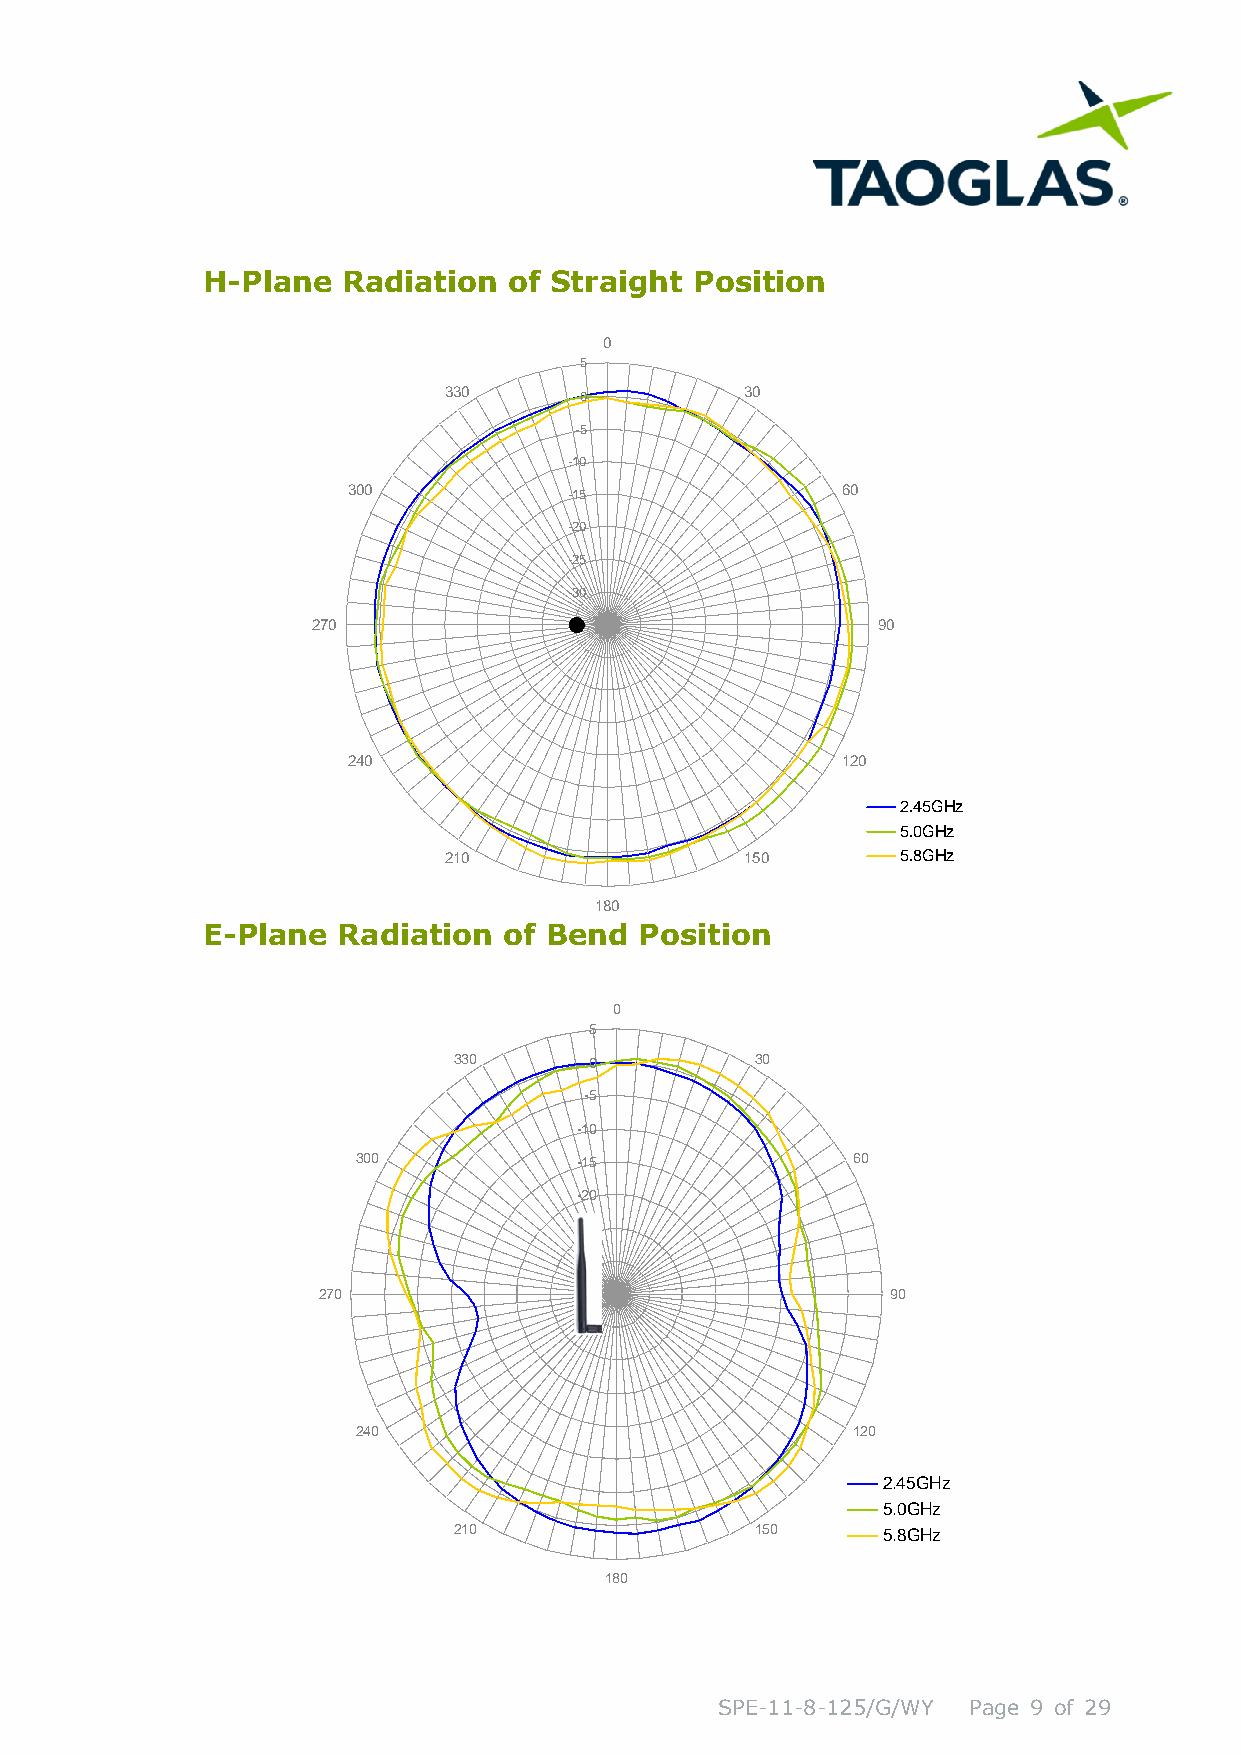
H-Plane   Radiation  of Straight Position
 E-Plane  Radiation  of Bend  Position
 0
 5
 330      0          30
 -5
 -10
 300           -15               60
 -20
 -25
 -30
 270              -35                  90
 240                             120
 2.45GHz
 5.0GHz
 210                 150     5.8GHz
 180
 SPE-11-8-125/G/WY Page 9 of 29
 2 7 0
 3
 2
 0
 4
 0
 0
 3
 2
 3
 1
 0
 0
 5
 0
 -5
 -1 0
 -1 5
 -2 0
 -2 5
 -3 0
 -3 5
 1
 0
 8 0
 3
 1
 0
 5 0
 6
 1
 0
 2 0
 9 0
 2
 5
 5
 .4
 .0
 .8
 5
 G
 G
 G
 H
 H
 H
 z
 z
 z